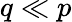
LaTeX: q\ll p